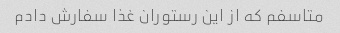
متاسفم که از این رستوران غذا سفارش دادم